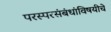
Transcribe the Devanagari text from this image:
परस्परसंबंधांविषयीचे